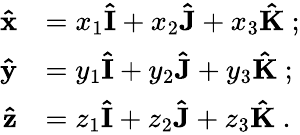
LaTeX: {\begin{array}{rl}{\mathbf{\hat{x}}}&{=x_{1}\mathbf{\hat{I}}+x_{2}\mathbf{\hat{J}}+x_{3}\mathbf{\hat{K}}~;}\\ {\mathbf{\hat{y}}}&{=y_{1}\mathbf{\hat{I}}+y_{2}\mathbf{\hat{J}}+y_{3}\mathbf{\hat{K}}~;}\\ {\mathbf{\hat{z}}}&{=z_{1}\mathbf{\hat{I}}+z_{2}\mathbf{\hat{J}}+z_{3}\mathbf{\hat{K}}~.}\end{array}}